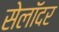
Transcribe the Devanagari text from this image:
सेलॉदर